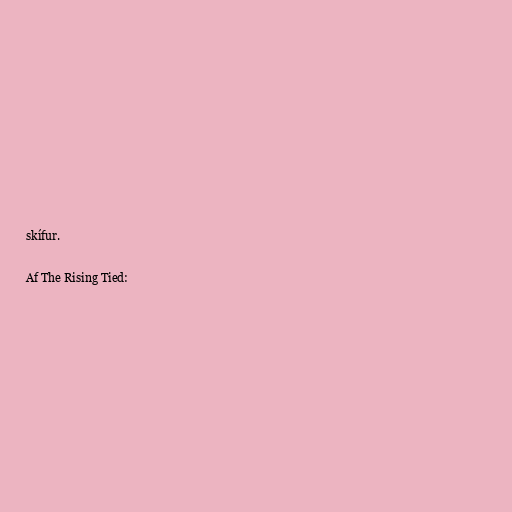
skífur.

Af The Rising Tied: